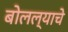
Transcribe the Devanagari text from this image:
बोलल्याचे